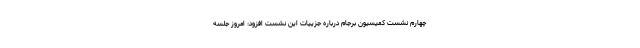
چهارم نشست کمیسیون برجام درباره جزییات این نشست افزود: امروز جلسه